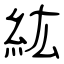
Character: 紘